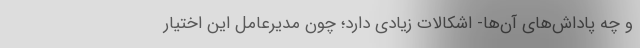
و چه پاداش‌های آن‌ها- اشکالات زیادی دارد؛ چون مدیرعامل این اختیار